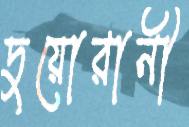
দুয়োরানী